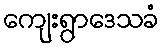
ကျေးရွာဒေသခံ